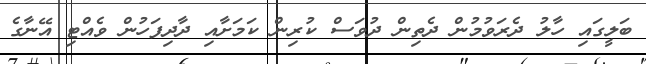
ބަލީގައި ހާލު ދެރަވުމުން ދެތިން ދުވަސް ކުރިން ކަމަށާއި ދާދިފަހުން ވެއްޓި އޭނާގެ